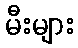
မီးများ